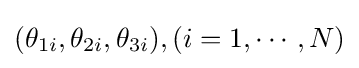
(\theta _{1i},\theta _{2i},\theta _{3i}),(i=1,\cdots ,N)